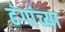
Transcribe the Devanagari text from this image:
ढंगांच्या